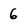
Character: 6